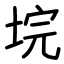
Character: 垸